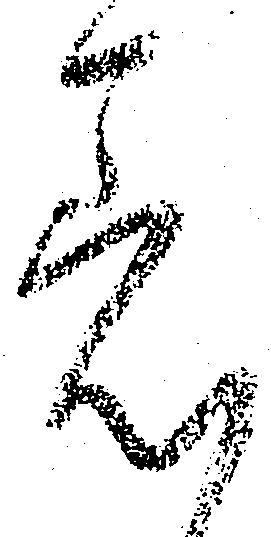
着